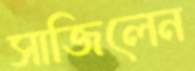
সাজিলেন